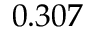
0 . 3 0 7